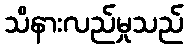
သိနားလည်မှုသည်